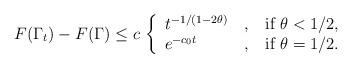
LaTeX: \begin{align*} F(\Gamma_t)-F(\Gamma)\le c\, \left\{\begin{array}{l@{\quad, \quad}l} t^{-1/(1-2\theta)} & \mbox{if }\theta<1/2, \\ e^{-c_0 t} & \mbox{if }\theta=1/2. \end{array}\right.\end{align*}